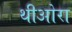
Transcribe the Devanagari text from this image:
थीओरा